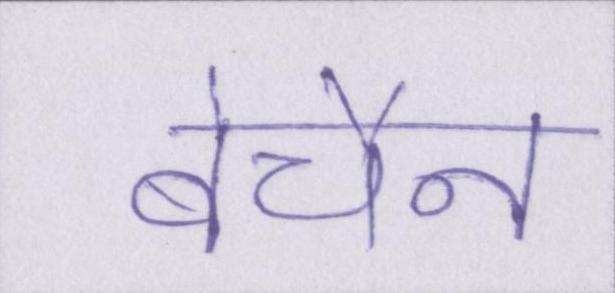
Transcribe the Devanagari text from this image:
बेचैन